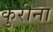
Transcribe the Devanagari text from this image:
कुरीना